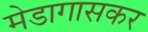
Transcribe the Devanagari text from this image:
मेडागासकर